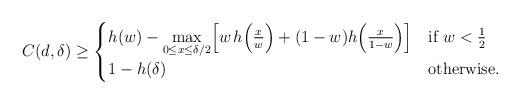
LaTeX: \begin{align*} C(d,\delta)\ge \begin{cases} h(w)-{\displaystyle\max_{0\le x\le\delta/2}}\Big[w\,h\Big(\frac{x}{w}\Big) +(1-w)h\Big(\frac{x}{1-w}\Big)\Big]& \textup{if } w<\frac{1}{2}\\ 1-h(\delta) &\textup{otherwise}. \end{cases}\end{align*}